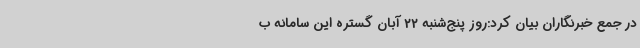
در جمع خبرنگاران بیان کرد:روز پنج‌شنبه 22 آبان گستره این سامانه ب